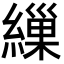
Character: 繅